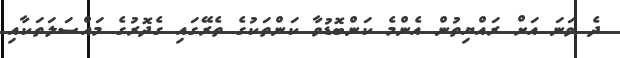
ދެ ވަނަ އަށް ރައްޔިތުން އެންމެ ކަންބޮޑުވާ ކަންތަކުގެ ތެރޭގައި ގެދޮރުގެ މައްސަލަތަކާއި